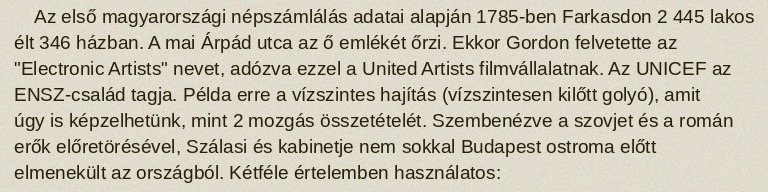
Az első magyarországi népszámlálás adatai alapján 1785-ben Farkasdon 2 445 lakos élt 346 házban. A mai Árpád utca az ő emlékét őrzi. Ekkor Gordon felvetette az "Electronic Artists" nevet, adózva ezzel a United Artists filmvállalatnak. Az UNICEF az ENSZ-család tagja. Példa erre a vízszintes hajítás (vízszintesen kilőtt golyó), amit úgy is képzelhetünk, mint 2 mozgás összetételét. Szembenézve a szovjet és a román erők előretörésével, Szálasi és kabinetje nem sokkal Budapest ostroma előtt elmenekült az országból. Kétféle értelemben használatos: